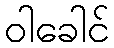
ဝါခေါင်